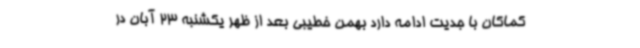
کماکان با جدیت ادامه دارد بهمن خطیبی بعد از ظهر یکشنبه 23 آبان در